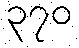
၃၇၀